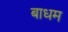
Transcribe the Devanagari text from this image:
बाधम